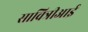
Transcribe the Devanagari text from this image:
सावित्रीआई